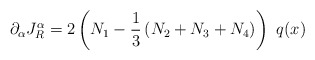
\begin{align*}\partial_{\alpha} J^{\alpha}_{R} =2 \left( N_1 - \frac{1}{3} \left(N_2 + N_3 + N_4 \right)\right)\,\, q(x) \end{align*}